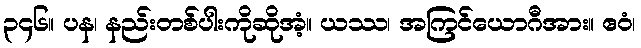
၃၄၆။ ပန၊ နည်းတစ်ပါးကိုဆိုအံ့။ ယဿ၊ အကြင်ယောဂီအား။ ဧဝံ၊